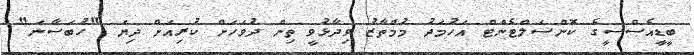
ބީޑީއެސްސީގެ ކޮންސަލްޓެންޓް އަހުމަދު މުމްތާޒު ވިދާޅުވީ ތިން ދުވަހަށް ކުރިއަށް ދިޔަ "ހުބަސާނަ"